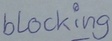
Text: blocking